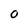
Character: 0